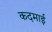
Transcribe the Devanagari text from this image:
कदमाई